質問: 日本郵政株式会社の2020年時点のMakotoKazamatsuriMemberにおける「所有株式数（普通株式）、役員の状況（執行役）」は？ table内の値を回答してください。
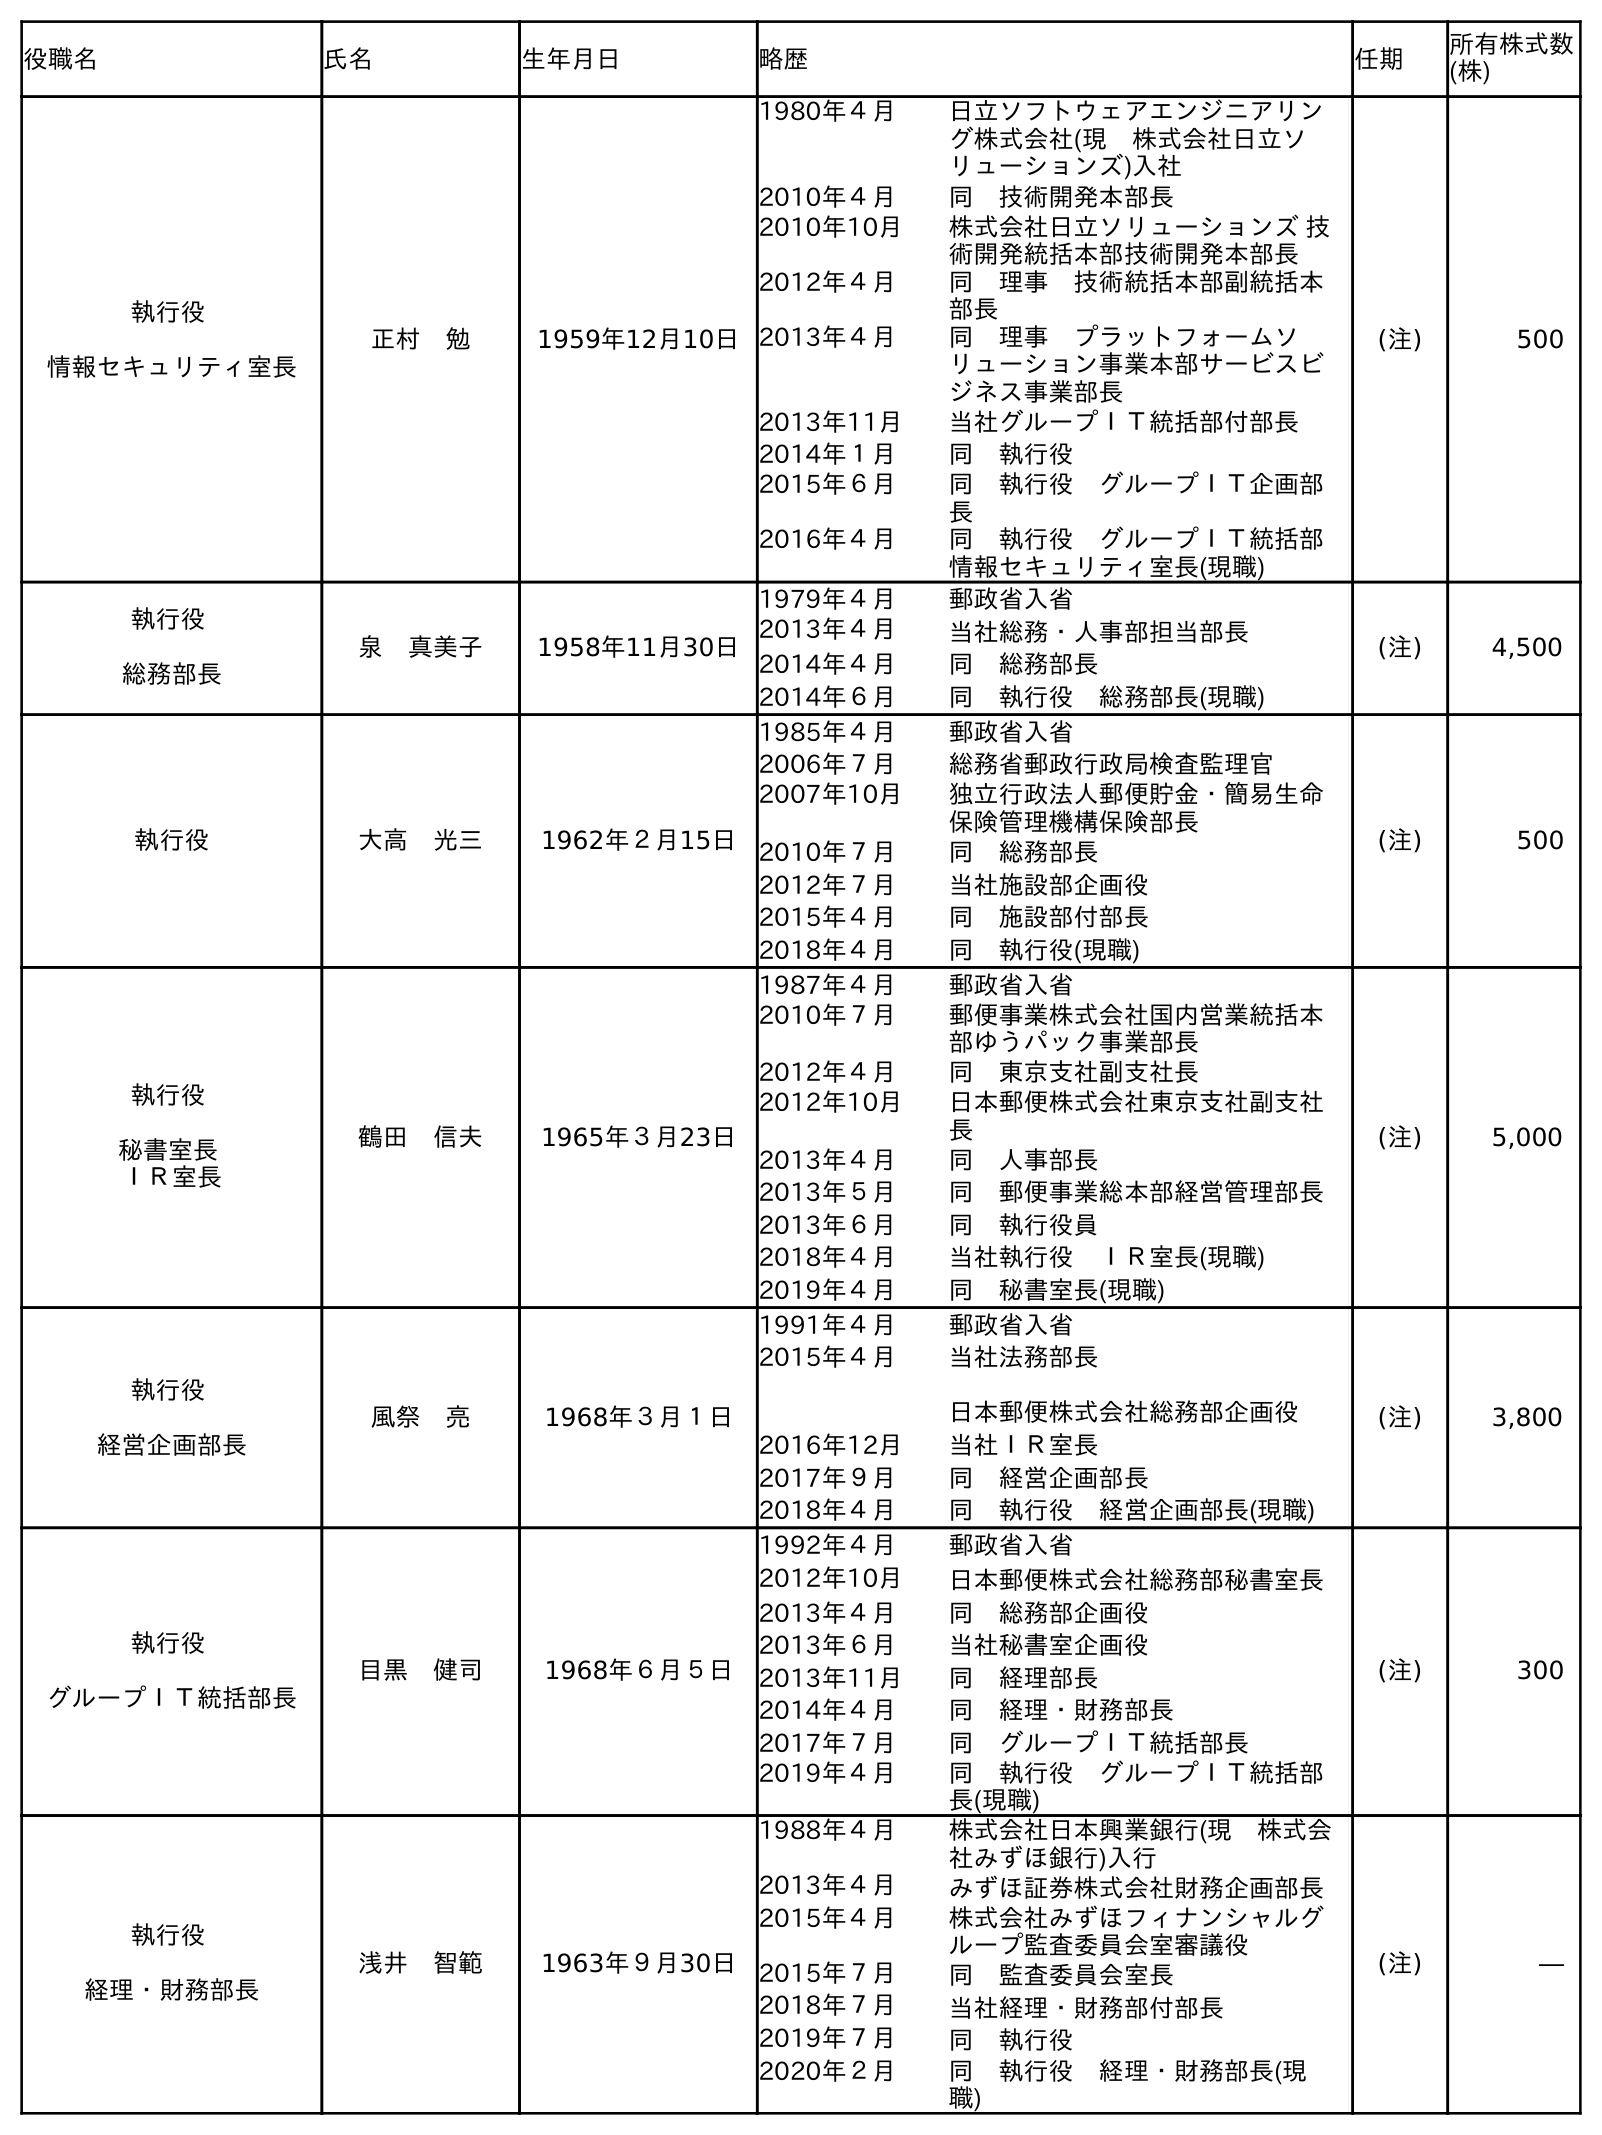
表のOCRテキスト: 役職名 氏名 生年月日 略歴 任期 所有株式数 (株) 執行役 情報セキュリティ室長 正村 勉 1959年12月10日 1980年４月 日立ソフトウェアエンジニアリン グ株式会社(現 株式会社日立ソ リューションズ)入社 2010年４月 同 技術開発本部長 2010年10月 株式会社日立ソリューションズ 技 術開発統括本部技術開発本部長 2012年４月 同 理事 技術統括本部副統括本 部長 2013年４月 同 理事 プラットフォームソ リューション事業本部サービスビ ジネス事業部長 2013年11月 当社グループＩＴ統括部付部長 2014年１月 同 執行役 2015年６月 同 執行役 グループＩＴ企画部 長 2016年４月 同 執行役 グループＩＴ統括部 情報セキュリティ室長(現職) (注) 500 執行役 総務部長 泉 真美子 1958年11月30日 1979年４月 郵政省入省 2013年４月 当社総務・人事部担当部長 2014年４月 同 総務部長 2014年６月 同 執行役 総務部長(現職) (注) 4,500 執行役 大高 光三 1962年２月15日 1985年４月 郵政省入省 2006年７月 総務省郵政行政局検査監理官 2007年10月 独立行政法人郵便貯金・簡易生命 保険管理機構保険部長 2010年７月 同 総務部長 2012年７月 当社施設部企画役 2015年４月 同 施設部付部長 2018年４月 同 執行役(現職) (注) 500 執行役 秘書室長 ＩＲ室長 鶴田 信夫 1965年３月23日 1987年４月 郵政省入省 2010年７月 郵便事業株式会社国内営業統括本 部ゆうパック事業部長 2012年４月 同 東京支社副支社長 2012年10月 日本郵便株式会社東京支社副支社 長 2013年４月 同 人事部長 2013年５月 同 郵便事業総本部経営管理部長 2013年６月 同 執行役員 2018年４月 当社執行役 ＩＲ室長(現職) 2019年４月 同 秘書室長(現職) (注) 5,000 執行役 経営企画部長 風祭 亮 1968年３月１日 1991年４月 郵政省入省 2015年４月 当社法務部長 日本郵便株式会社総務部企画役 2016年12月 当社ＩＲ室長 2017年９月 同 経営企画部長 2018年４月 同 執行役 経営企画部長(現職) (注) 3,800 執行役 グループＩＴ統括部長 目黑 健司 1968年６月５日 1992年４月 郵政省入省 2012年10月 日本郵便株式会社総務部秘書室長 2013年４月 同 総務部企画役 2013年６月 当社秘書室企画役 2013年11月 同 経理部長 2014年４月 同 経理・財務部長 2017年７月 同 グループＩＴ統括部長 2019年４月 同 執行役 グループＩＴ統括部 長(現職) (注) 300 執行役 経理・財務部長 浅井 智範 1963年９月30日 1988年４月 株式会社日本興業銀行(現 株式会 社みずほ銀行)入行 2013年４月 みずほ証券株式会社財務企画部長 2015年４月 株式会社みずほフィナンシャルグ ループ監査委員会室審議役 2015年７月 同 監査委員会室長 2018年７月 当社経理・財務部付部長 2019年７月 同 執行役 2020年２月 同 執行役 経理・財務部長(現 職) (注) ―
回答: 3,800